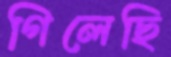
গিলেছি